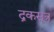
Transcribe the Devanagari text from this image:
द्रकसूत्र